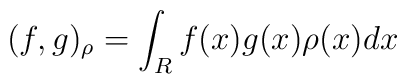
(f,g)_{\rho} = \int_R f(x) g(x) \rho (x) dx